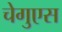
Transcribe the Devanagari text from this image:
चेगुएस